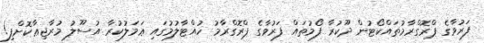
ފަރުވާގެ ޕްރޮގްރާމުތައްކޯޓުން ދޫކުރާ ފޯމުތައް ފަރުވާގެ ޕްރޮގްރާމު ހުއްޓާލުމުގައި ޢަމަލުކުރާ އުސޫލު މުރާޖިޢާކޮށްފި!